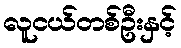
လူငယ်တစ်ဦးနှင့်